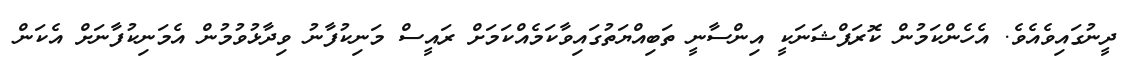
ދީނުގައިވެއެވެ. އެހެންކަމުން ކޮރަޕްޝަނަކީ އިންސާނީ ތަބިއްޔަތުގައިވާކަމެއްކަމަށް ރައީސް މަނިކުފާނު ވިދާޅުވުމުން އެމަނިކުފާނަށް އެކަން